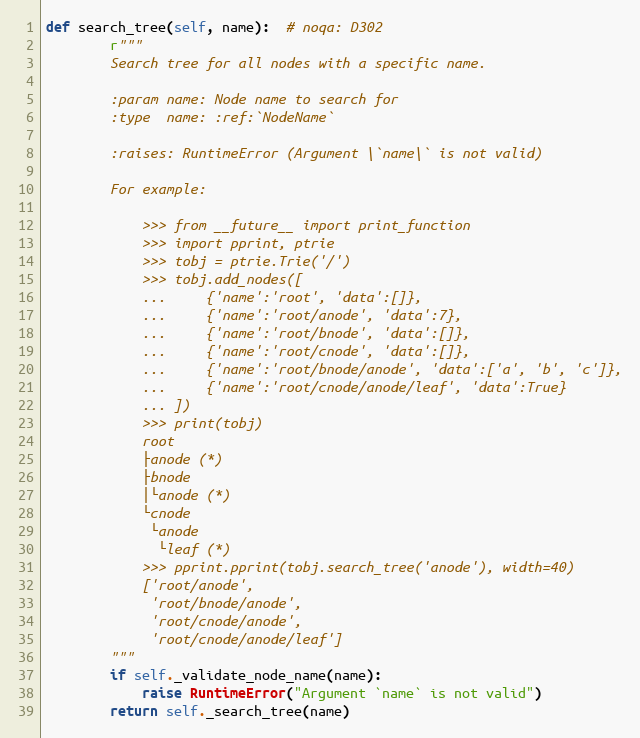
Language: Python
def search_tree(self, name):  # noqa: D302
        r"""
        Search tree for all nodes with a specific name.

        :param name: Node name to search for
        :type  name: :ref:`NodeName`

        :raises: RuntimeError (Argument \`name\` is not valid)

        For example:

            >>> from __future__ import print_function
            >>> import pprint, ptrie
            >>> tobj = ptrie.Trie('/')
            >>> tobj.add_nodes([
            ...     {'name':'root', 'data':[]},
            ...     {'name':'root/anode', 'data':7},
            ...     {'name':'root/bnode', 'data':[]},
            ...     {'name':'root/cnode', 'data':[]},
            ...     {'name':'root/bnode/anode', 'data':['a', 'b', 'c']},
            ...     {'name':'root/cnode/anode/leaf', 'data':True}
            ... ])
            >>> print(tobj)
            root
            ├anode (*)
            ├bnode
            │└anode (*)
            └cnode
             └anode
              └leaf (*)
            >>> pprint.pprint(tobj.search_tree('anode'), width=40)
            ['root/anode',
             'root/bnode/anode',
             'root/cnode/anode',
             'root/cnode/anode/leaf']
        """
        if self._validate_node_name(name):
            raise RuntimeError("Argument `name` is not valid")
        return self._search_tree(name)